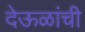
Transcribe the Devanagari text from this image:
देऊळांची